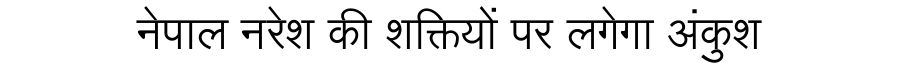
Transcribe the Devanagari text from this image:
नेपाल नरेश की शक्तियों पर लगेगा अंकुश